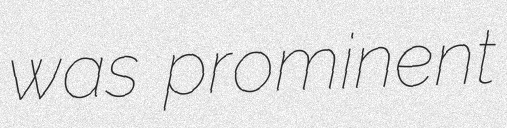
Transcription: was prominent